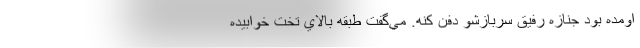
اومده بود جنازه رفيق سربازشو دفن كنه. مي‌گفت طبقه بالاي تخت خوابيده